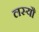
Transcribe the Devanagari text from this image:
लस्यौ